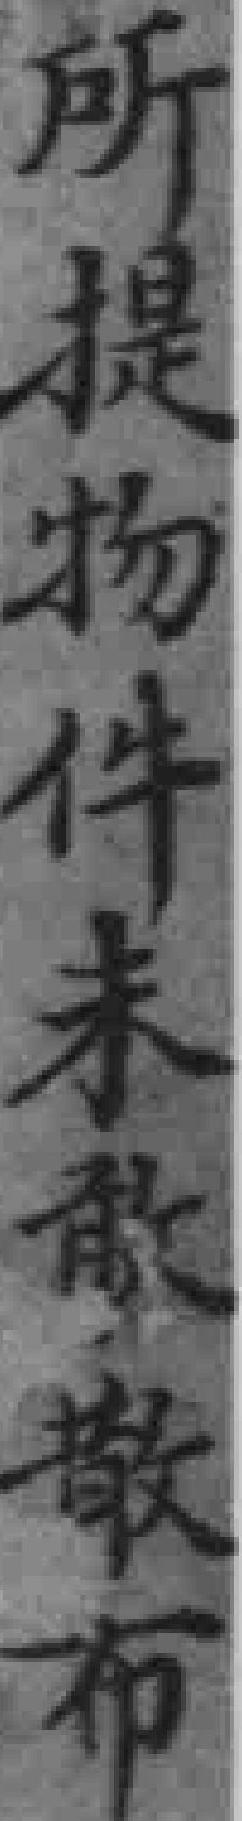
所提物件未敢散布